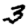
Digit: 3